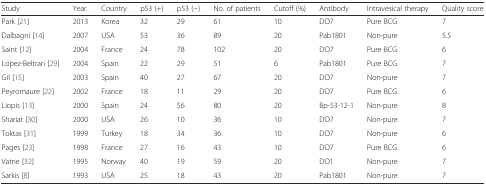
| Study | Year | Country | p53 (+) | p53 (−) | No. of patients | Cutoff (%) | Antibody | Intravesical therapy | Quality score |
 | --- | --- | --- | --- | --- | --- | --- | --- | --- | --- |
 | Park [21] | 2013 | Korea | 32 | 29 | 61 | 10 | DO7 | Pure BCG | 7 |
 | Dalbagni [14] | 2007 | USA | 53 | 36 | 89 | 20 | Pab1801 | Non-pure | 5.5 |
 | Saint [12] | 2004 | France | 24 | 78 | 102 | 20 | DO7 | Pure BCG | 6 |
 | Lopez-Beltran [29] | 2004 | Spain | 22 | 29 | 51 | 6 | Pab1801 | Pure BCG | 7 |
 | Gil [15] | 2003 | Spain | 40 | 27 | 67 | 20 | DO7 | Non-pure | 7 |
 | Peyromaure [22] | 2002 | France | 18 | 11 | 29 | 20 | DO7 | Pure BCG | 6 |
 | Liopis [13] | 2000 | Spain | 24 | 56 | 80 | 20 | Bp-53-12-1 | Non-pure | 8 |
 | Shariat [30] | 2000 | USA | 26 | 10 | 36 | 10 | DO7 | Non-pure | 7 |
 | Toktas [31] | 1999 | Turkey | 18 | 34 | 36 | 10 | DO7 | Non-pure | 6 |
 | Pages [23] | 1998 | France | 27 | 16 | 43 | 10 | DO7 | Pure BCG | 6 |
 | Vatne [32] | 1995 | Norway | 40 | 19 | 59 | 20 | DO1 | Non-pure | 7 |
 | Sarkis [8] | 1993 | USA | 25 | 18 | 43 | 20 | Pab1801 | Non-pure | 7 |